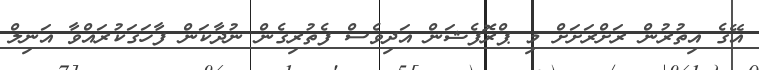
އޭގެ އިތުރުން ރަށްރަށަށް މި ޕްރޮފެޝަން އަދިވެސް ފެތުރިގެން ނުދާކަން ފާހަގަކުރައްވާ އަނިލް